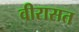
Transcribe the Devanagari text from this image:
वीरासत